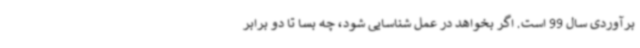
برآوردی سال 99 است. اگر بخواهد در عمل شناسایی شود، چه بسا تا دو برابر